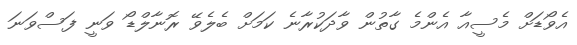
އެވޯޑަށް މެސީއާ އެންމެ ގާތުން ވާދަކުރާނެ ކަމަށް ބެލެވޭ ރޮނާލްޑޯ ވަނީ ފަސްވަނަ